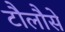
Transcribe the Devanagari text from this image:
टौलौसे